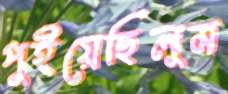
পুইয়েছিলুম